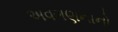
અવગણનાનો